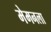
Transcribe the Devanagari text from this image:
मेमनला